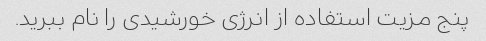
پنج مزیت استفاده از انرژی خورشیدی را نام ببرید.